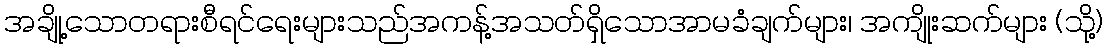
အချို့သောတရားစီရင်ရေးများသည်အကန့်အသတ်ရှိသောအာမခံချက်များ၊ အကျိုးဆက်များ (သို့)